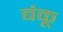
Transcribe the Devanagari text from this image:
बंकू